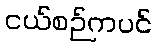
ငယ်စဉ်ကပင်